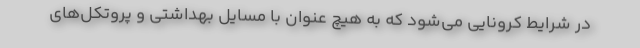
در شرایط کرونایی می‌شود که به هیچ عنوان با مسایل بهداشتی و پروتکل‌های